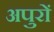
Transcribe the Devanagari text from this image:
अपुरों